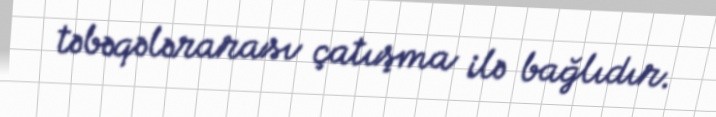
təbəqələrarası çatışma ilə bağlıdır.